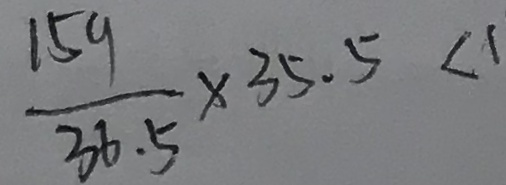
\frac { 1 5 9 } { 3 6 . 5 } \times 3 5 . 5 < 1